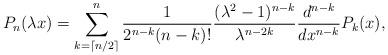
LaTeX: \begin{align*}P_{n}(\lambda x) = \sum_{k=\lceil n/2 \rceil}^{n} \dfrac{1}{2^{n-k}(n-k)!} \dfrac{(\lambda^{2}-1)^{n-k}}{\lambda ^{n-2k}} \dfrac{d^{n-k}}{dx^{n-k}} P_{k}(x),\end{align*}